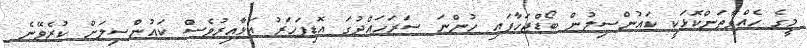
މީގެ ހެއްވާތަންކޮޅަކީ ކައުންސިލުން ބޯޑްޖަހާފައި ހުންނަ ސަރަހައްދުގަ އޮޑިފަހަރު އަޅާއިރުވެސް ކައުންސިލަށް ކުރެވޭނެ